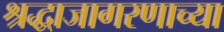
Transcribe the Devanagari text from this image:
श्रद्धाजागरणाच्या